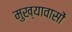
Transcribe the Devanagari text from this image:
मुख्यावासों